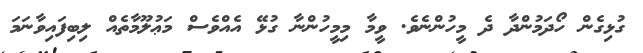
ގުޅިގެން ހޯދަމުންދާ ދެ މީހުންނެވެ. ވީމާ މިމީހުންނާ ގުޅޭ އެއްވެސް މަޢުލޫމާތެއް ލިބިފައިވާނަމަ